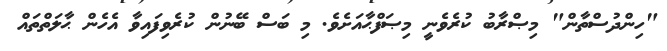
"ހިންދުސްތާން" މިޞްރާބު ކުރެވެނީ މިޞަފްޙާއަށެވެ. މި ބަސް ބޭނުން ކުރެވިފައިވާ އެހެން ޙާލަތްތައް